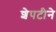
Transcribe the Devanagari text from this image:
शेपटीने